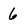
Character: 6